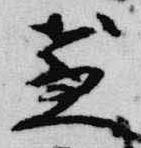
盞